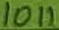
Text: 1011